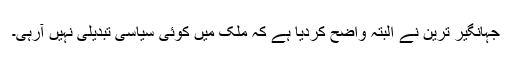
جہانگیر ترین نے البتہ واضح کردیا ہے کہ ملک میں کوئی سیاسی تبدیلی نہیں آرہی۔